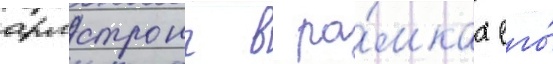
армстронг в ра́мках его́